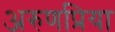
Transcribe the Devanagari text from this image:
अरुणप्रिया